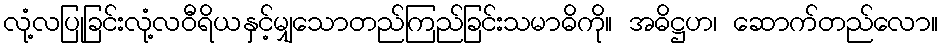
လုံ့လပြုခြင်းလုံ့လဝီရိယနှင့်မျှသောတည်ကြည်ခြင်းသမာဓိကို။ အဓိဋ္ဌဟ၊ ဆောက်တည်လော။